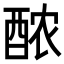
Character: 𬪩